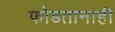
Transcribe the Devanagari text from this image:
फोडतानाही